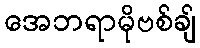
အေဘရာမိုဗစ်ချ်